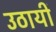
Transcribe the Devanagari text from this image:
उठायीं